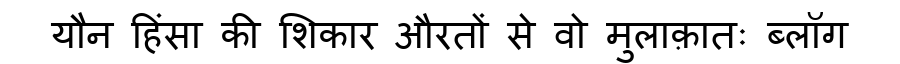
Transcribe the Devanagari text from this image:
यौन हिंसा की शिकार औरतों से वो मुलाक़ातः ब्लॉग